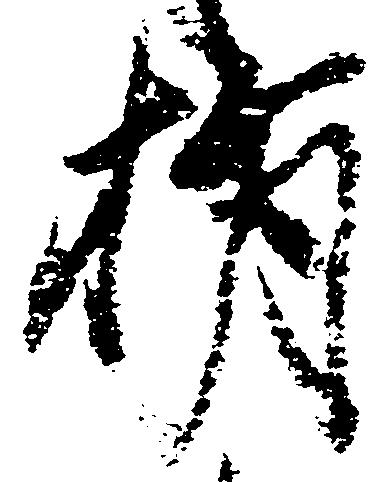
捐